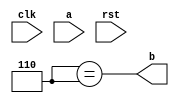
module paritygen(clk,a,rst,b);
input clk,rst,a;
output reg b;
localparam s0=3'b000,s1=3'b001,s2=3'b010,s3=3'b011,s4=3'b100,s5=3'b101,s6=3'b110,s7=3'b111;
reg [2:0]state,nxt_state;
always @(posedge clk , posedge rst)
begin
	if (rst)
	begin
		state<= s0;
                
	end
	else 
		state<= nxt_state;
end

always@(state)
begin
	case(state)
		s0: b=0;
		s1: b=0;
		s2: b=0;
		s3: b=0;
		s4: b=0;
		s5: b=0;
		s6: b=1;
	endcase
  b <= (nxt_state==s6);

end
endmodule